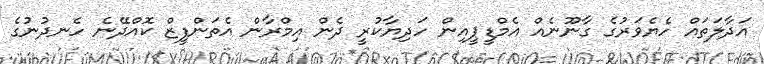
އަދާލަތައް ހެޔެވަރުގެ ގާނޫނެއް އެމްޑީޕީއިން ހަދިޔާކުރީ ދެން އިމްރާން އެތަންފީޒް ކޮއްދޭނެ ހެނދުނުގެ